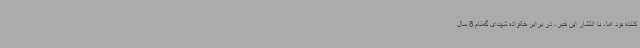
کننده بود اما، با انتشار این خبر، در برابر خانواده شهدای گمنام 8 سال